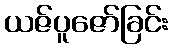
ယဇ်ပူဇော်ခြင်း